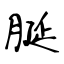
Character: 脠